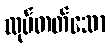
လုပ်တတ်သော